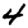
Digit: 4